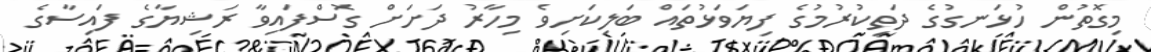
މިގޮތުން ހުޅަނގުގެ ދަތިކުރުމުގެ ފިޔަވަޅުތައް ބަލިކަށިވެ މިހާރު ދަށަށް ގޮސްފައިވާ ރަޝިޔާގެ ފައިސާގެ